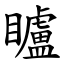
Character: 矑